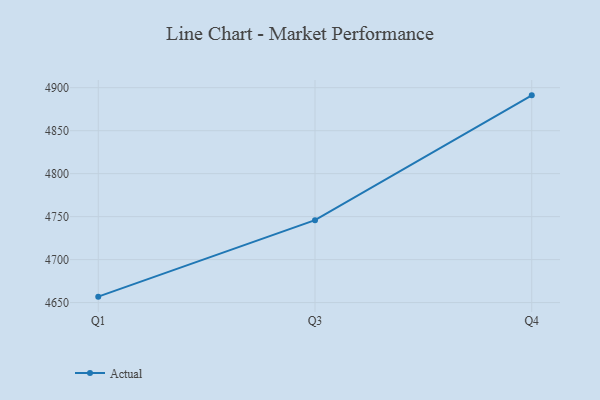
{"axis": {"x": "Quarter", "y": "Conversion Rate (%)"}, "legend": ["Actual"], "data": [{"x": "Q1", "y": 4656.9, "type": "Actual"}, {"x": "Q3", "y": 4745.9, "type": "Actual"}, {"x": "Q4", "y": 4891.1, "type": "Actual"}]}